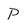
Character: p